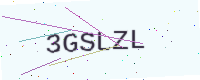
Text: 3GSLZL